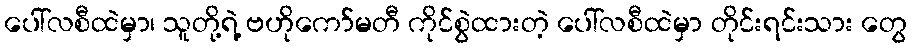
ပေါ်လစီထဲမှာ၊ သူတို့ရဲ့ ဗဟိုကော်မတီ ကိုင်စွဲထားတဲ့ ပေါ်လစီထဲမှာ တိုင်းရင်းသား တွေ